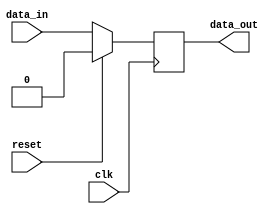
module sequential_logic (
    input wire clk,
    input wire reset,
    input wire data_in,
    output reg data_out
);

    reg internal_reg;

    always @(posedge clk) begin
        if (reset) begin
            internal_reg <= 1'b0;
        end else begin
            internal_reg <= data_in;
        end
    end

    assign data_out = internal_reg;

endmodule